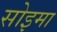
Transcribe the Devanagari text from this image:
सोइमा